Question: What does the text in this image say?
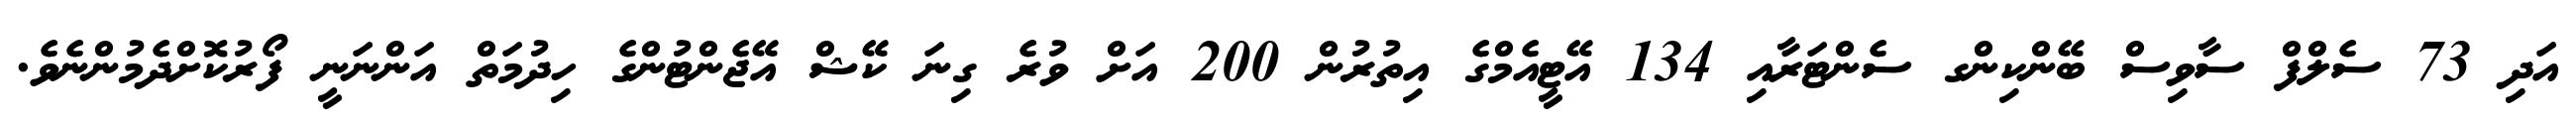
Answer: އަދި 73 ސެލްފް ސާވިސް ބޭންކިންގ ސެންޓަރާއި 134 އޭޓީއެމްގެ އިތުރުން 200 އަށް ވުރެ ގިނަ ކޭޝް އޭޖެންޓުންގެ ހިދުމަތް އަންނަނީ ފޯރުކޮށްދެމުންނެވެ.